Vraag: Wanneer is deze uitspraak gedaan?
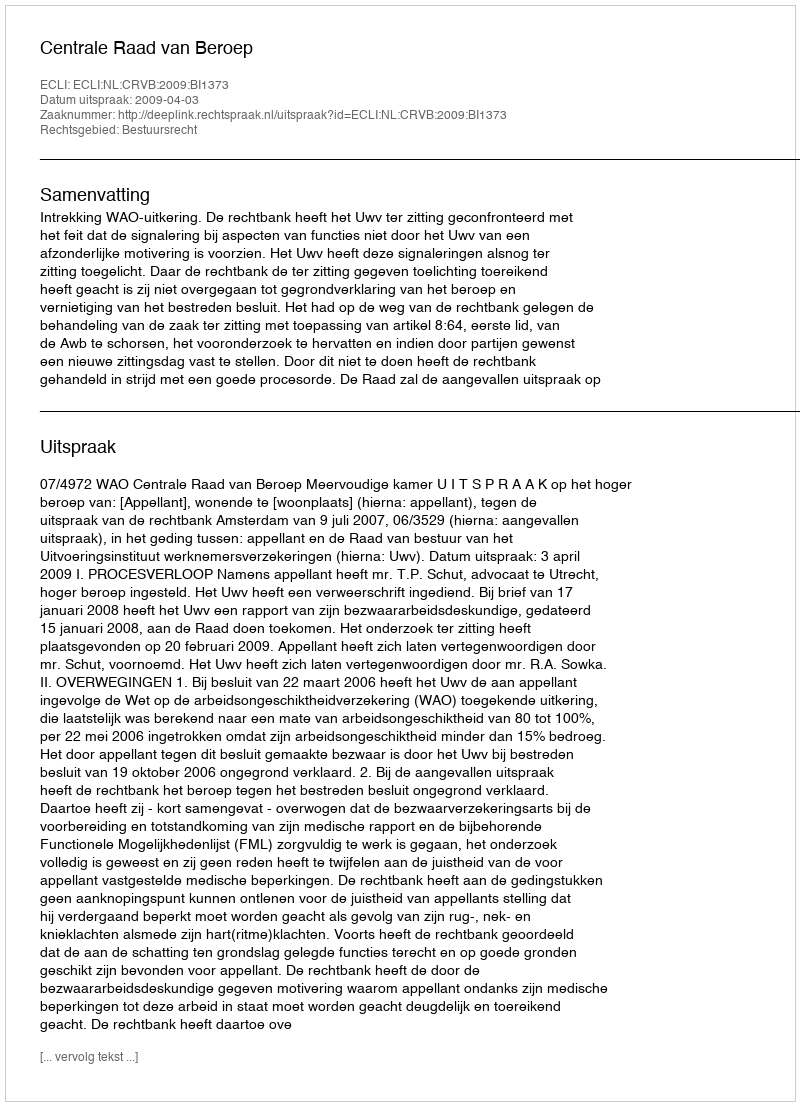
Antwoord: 2009-04-03